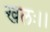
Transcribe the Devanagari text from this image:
खलः।।